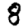
Digit: 8